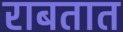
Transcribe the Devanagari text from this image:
राबतात